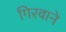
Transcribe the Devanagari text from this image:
गिरवाने